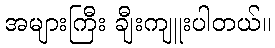
အများကြီး ချီးကျူးပါတယ်။